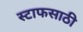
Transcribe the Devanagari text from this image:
स्टाफसाठी